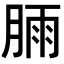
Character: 𣍾